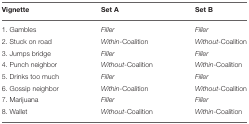
<table><thead><tr><td><b>Vignette</b></td><td><b>Set A</b></td><td><b>Set B</b></td></tr></thead><tbody><tr><td>1. Gambles</td><td><i>Filler</i></td><td><i>Filler</i></td></tr><tr><td>2. Stuck on road</td><td><i>Within</i>-Coalition</td><td><i>Without</i>-Coalition</td></tr><tr><td>3. Jumps bridge</td><td><i>Filler</i></td><td><i>Filler</i></td></tr><tr><td>4. Punch neighbor</td><td><i>Without</i>-Coalition</td><td><i>Within</i>-Coalition</td></tr><tr><td>5. Drinks too much</td><td><i>Filler</i></td><td><i>Filler</i></td></tr><tr><td>6. Gossip neighbor</td><td><i>Within</i>-Coalition</td><td><i>Without</i>-Coalition</td></tr><tr><td>7. Marijuana</td><td><i>Filler</i></td><td><i>Filler</i></td></tr><tr><td>8. Wallet</td><td><i>Without</i>-Coalition</td><td><i>Within</i>-Coalition</td></tr></tbody></table>